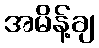
အမိန့်ချ